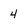
Character: 4